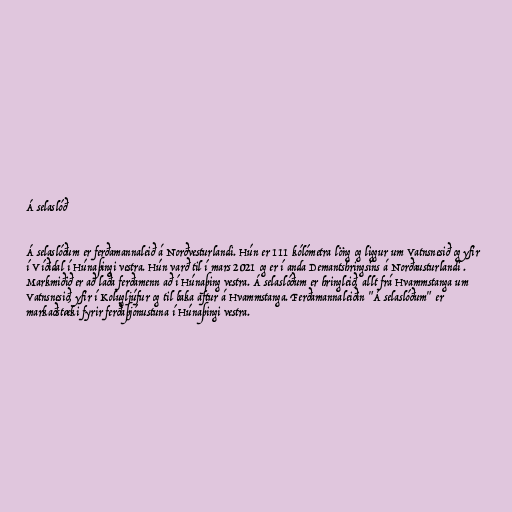
Á selaslóð

Á selaslóðum er ferðamannaleið á Norðvesturlandi. Hún er 111 kólómetra löng og liggur um Vatnsnesið og yfir
í Víðidal í Húnaþingi vestra. Hún varð til í mars 2021 og er í anda Demantshringsins á Norðausturlandi .
Markmiðið er að laða ferðamenn að í Húnaþing vestra. Á selaslóðum er hringleið, allt frá Hvammstanga um
Vatnsnesið, yfir í Kolugljúfur og til baka aftur á Hvammstanga. Ferðamannaleiðin "Á selaslóðum" er
markaðstæki fyrir ferðaþjónustuna í Húnaþingi vestra.